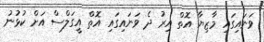
ވަނައިގައި މާޒިޔާ އޮތް އިރު ދެ ވަނައިގައި އޮތް އީގަލްސް އަށް ކުޅުނު